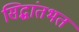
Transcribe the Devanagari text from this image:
सिद्धांतभत